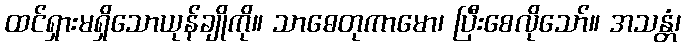
ထင်ရှားမရှိသောယုန်ချိုကို။ သာဓေတုကာမော၊ ပြီးစေလိုသော်။ အသန္တံ၊